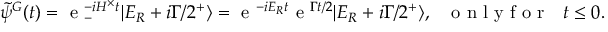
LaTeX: \tilde { \psi } ^ { G } ( t ) = \textrm { e } _ { - } ^ { - i H ^ { \times } t } | E _ { R } + i \Gamma / 2 ^ { + } \rangle = \textrm { e } ^ { - i E _ { R } t } \textrm { e } ^ { \Gamma t / 2 } | E _ { R } + i \Gamma / 2 ^ { + } \rangle , \, \, \, \, \textup { o n l y f o r } \, \, \, \, t \leq 0 .